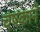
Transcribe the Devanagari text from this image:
चषकाने